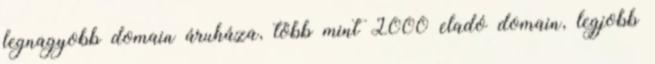
legnagyobb domain áruháza, több mint 2000 eladó domain, legjobb